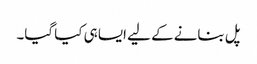
پل بنانے کے لیے ایسا ہی کیا گیا۔